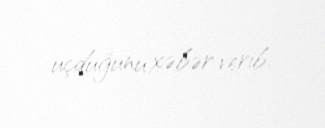
uçduğunu xəbər verib.